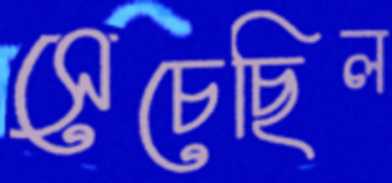
সেচেছিল